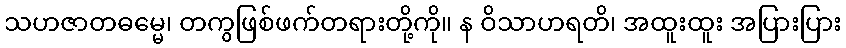
သဟဇာတဓမ္မေ၊ တကွဖြစ်ဖက်တရားတို့ကို။ န ဝိသာဟရတိ၊ အထူးထူး အပြားပြား